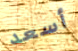
أسعد